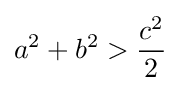
a^{2}+b^{2}>{\frac {c^{2}}{2}}